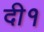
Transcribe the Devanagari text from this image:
दी१